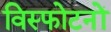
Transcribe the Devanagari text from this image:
विस्फोटनों